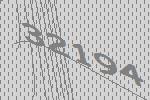
32194